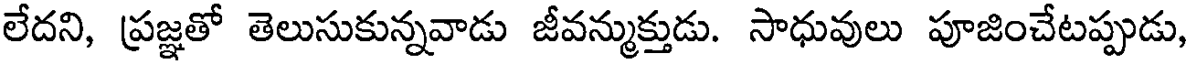
లేదని, ప్రజ్ఞతో తెలుసుకున్నవాడు జీవన్ముక్తుడు. సాధువులు పూజించేటప్పుడు,